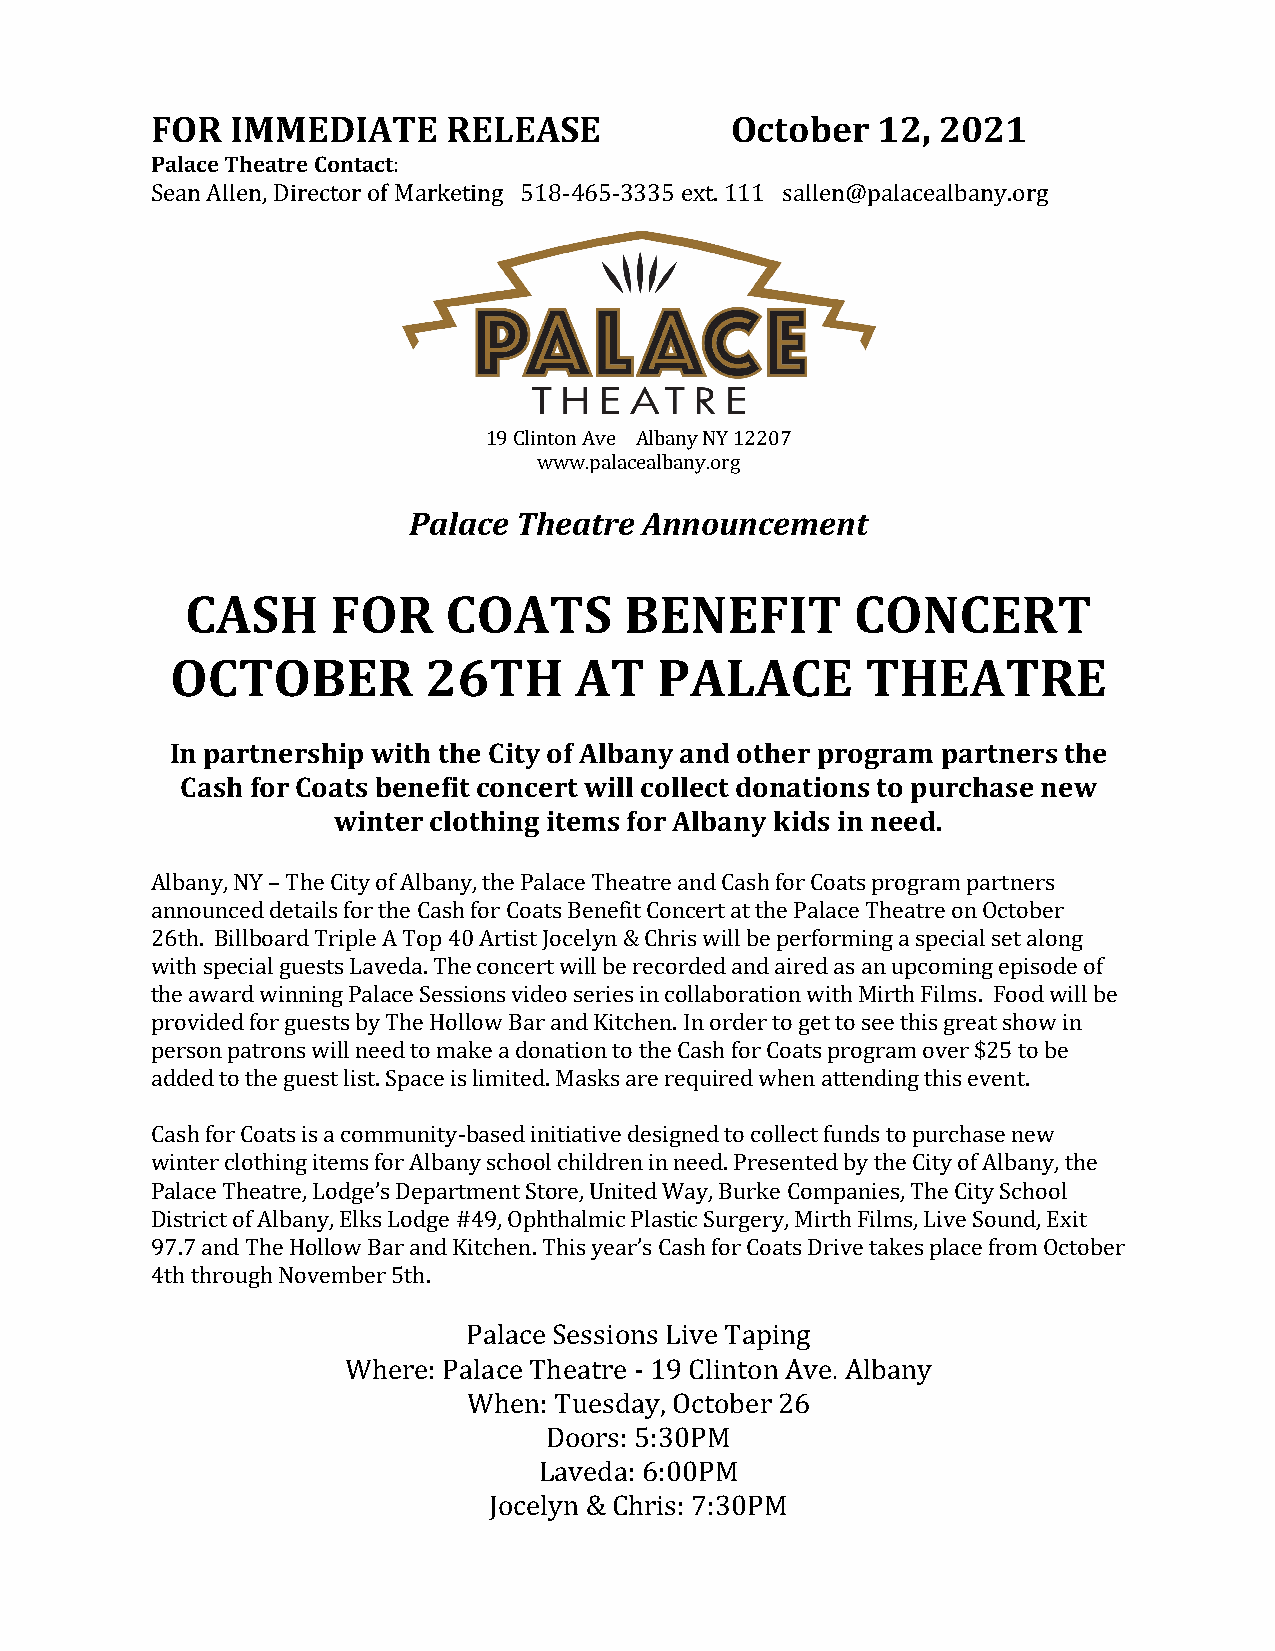
FOR  IMMEDIATE      RELEASE           October   12, 2021
 Palace Theatre Contact:
 Sean Allen, Director of Marketing 518-465-3335 ext. 111 sallen@palacealbany.org
 19 Clinton Ave Albany NY 12207
 www.palacealbany.org
 Palace Theatre  Announcement
 CASH      FOR    COATS       BENEFIT         CONCERT
 OCTOBER          26TH      AT    PALACE       THEATRE
 In partnership with the City of Albany and other program partners the
 Cash for Coats benefit concert will collect donations to purchase new
 winter clothing items for Albany kids in need.
 Albany, NY – The City of Albany, the Palace Theatre and Cash for Coats program partners
 announced details for the Cash for Coats Benefit Concert at the Palace Theatre on October
 26th. Billboard Triple A Top 40 Artist Jocelyn & Chris will be performing a special set along
 with special guests Laveda. The concert will be recorded and aired as an upcoming episode of
 the award winning Palace Sessions video series in collaboration with Mirth Films. Food will be
 provided for guests by The Hollow Bar and Kitchen. In order to get to see this great show in
 person patrons will need to make a donation to the Cash for Coats program over $25 to be
 added to the guest list. Space is limited. Masks are required when attending this event.
 Cash for Coats is a community-based initiative designed to collect funds to purchase new
 winter clothing items for Albany school children in need. Presented by the City of Albany, the
 Palace Theatre, Lodge’s Department Store, United Way, Burke Companies, The City School
 District of Albany, Elks Lodge #49, Ophthalmic Plastic Surgery, Mirth Films, Live Sound, Exit
 97.7 and The Hollow Bar and Kitchen. This year’s Cash for Coats Drive takes place from October
 4th through November 5th.
 Palace Sessions Live Taping
 Where: Palace Theatre - 19 Clinton Ave. Albany
 When: Tuesday, October 26
 Doors: 5:30PM
 Laveda: 6:00PM
 Jocelyn & Chris: 7:30PM